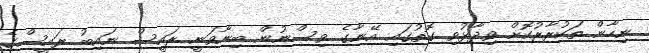
ނިހާން ތަކުރާރުކޮށް ވިދާޅުވި ގޮތުގައި އޭނާގެ ވިސްނުން ބިނާވަނީ ރައީސް ނައިބު ރައީސްގެ